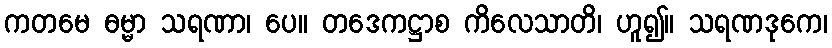
ကတမေ ဓမ္မာ သရဏာ၊ ပေ။ တဒေကဋ္ဌာစ ကိလေသာတိ၊ ဟူ၍။ သရဏဒုကေ၊